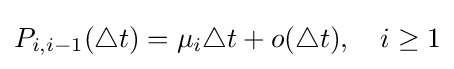
P_{i,i-1}(\triangle t)=\mu _{i}\triangle t+o(\triangle t),\quad i\geq 1